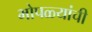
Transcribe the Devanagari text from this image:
भोपळ्यांची